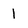
Character: 1